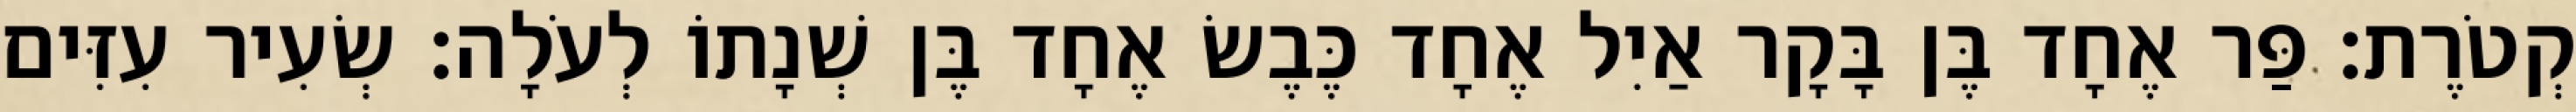
קְטֹרֶת׃ פַּר אֶחָד בֶּן בָּקָר אַיִל אֶחָד כֶּבֶשׂ אֶחָד בֶּן שְׁנָתוֹ לְעֹלָה׃ שְׂעִיר עִזִּים